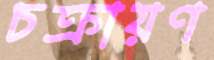
চক্রায়ণ